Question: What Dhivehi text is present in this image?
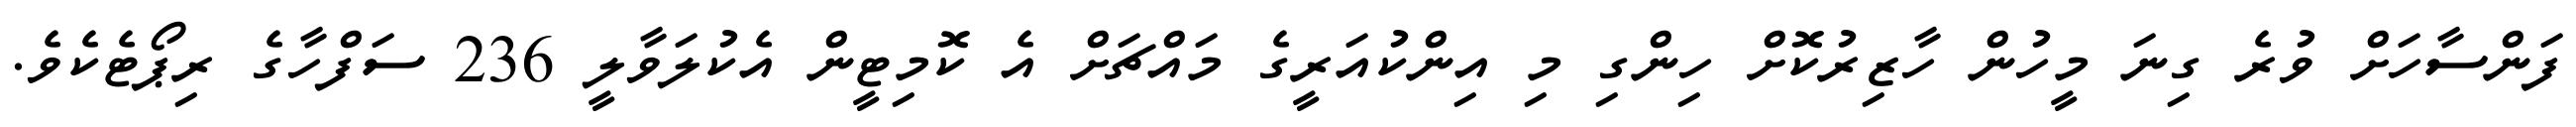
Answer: ފަންސާހަށް ވުރެ ގިނަ މީހުން ހާޒިރުކޮށް ހިންގި މި އިންކުއަރީގެ މައްޗަށް އެ ކޮމިޓީން އެކުލަވާލީ 236 ސަފްހާގެ ރިޕޯޓެކެވެ.